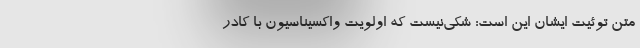
متن توئیت ایشان این است: شکی‌نیست‌ که‌ اولویت واکسیناسیون با کادر